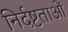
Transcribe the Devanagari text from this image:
निर्दष्टताओं